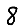
Digit: 8